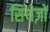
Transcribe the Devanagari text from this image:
सिंथेज़ों